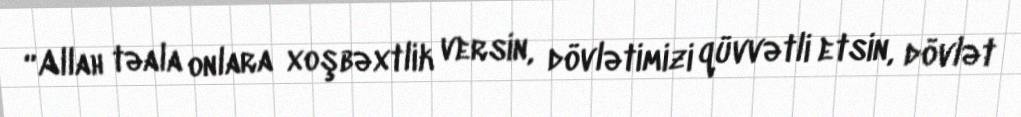
“Allah təala onlara xoşbəxtlik versin, dövlətimizi qüvvətli etsin, dövlət